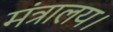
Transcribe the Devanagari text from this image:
मंत्रालय।